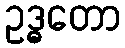
ဥဒ္ဓတော